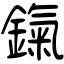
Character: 鎎